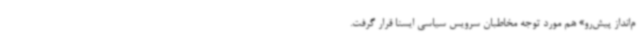
م‌انداز پیش‌رو» هم مورد توجه مخاطبان سرویس سیاسی ایسنا قرار گرفت.